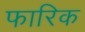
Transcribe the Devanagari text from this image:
फारिक